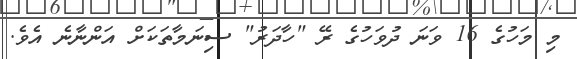
މި މަހުގެ 16 ވަނަ ދުވަހުގެ ރޭ "ހާދަރު" ސިނަމާތަކަށް އަންނާނެ އެވެ.